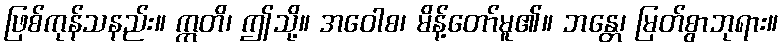
ဖြစ်ကုန်သနည်း။ ဣတိ၊ ဤသို့။ အဝေါစ၊ မိန့်တော်မူ၏။ ဘန္တေ၊ မြတ်စွာဘုရား။